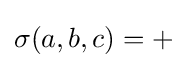
\sigma (a,b,c)=+